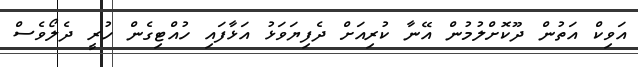
އަވިކް އަތުން ދޫކޮށްލުމުން އޭނާ ކުރިއަށް ދެފިޔަވަޅު އަޅާފައި ހުއްޓިގެން ހުރީ ދެލޯވެސް